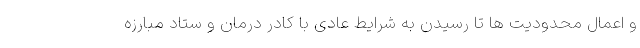
و اعمال محدودیت ها تا رسیدن به شرایط عادی با کادر درمان و ستاد مبارزه